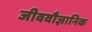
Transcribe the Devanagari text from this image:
जीववौज्ञानिक